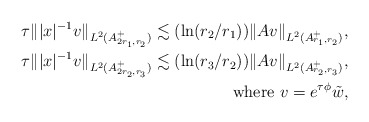
\begin{align*}\tau \||x|^{-1} v\|_{L^2(A_{2 r_1, r_2}^+)}\lesssim (\ln(r_2/r_1))\|Av\|_{L^2(A_{r_1, r_2}^+)},\\\tau \| |x|^{-1} v\|_{L^2(A_{2 r_2, r_3}^+)}\lesssim (\ln(r_3/r_2))\|Av\|_{L^2(A_{r_2, r_3}^+)},\\ \mbox{ where } v=e^{\tau\phi}\tilde{w},\end{align*}